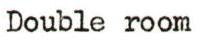
Double room